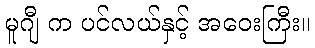
မူဂျီ က ပင်လယ်နှင့် အဝေးကြီး။